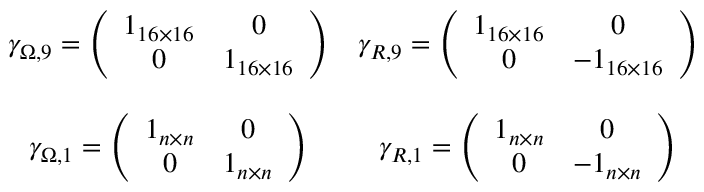
\begin{array} { c c } { { \gamma _ { \Omega , 9 } = \left( \begin{array} { c c } { { 1 _ { 1 6 \times 1 6 } } } & { { 0 } } \\ { { 0 } } & { { 1 _ { 1 6 \times 1 6 } } } \end{array} \right) } } & { { \gamma _ { { \cal R } , 9 } = \left( \begin{array} { c c } { { 1 _ { 1 6 \times 1 6 } } } & { { 0 } } \\ { { 0 } } & { { - 1 _ { 1 6 \times 1 6 } } } \end{array} \right) } } \\ { { { } } } & { { { } } } \\ { { \gamma _ { \Omega , 1 } = \left( \begin{array} { c c } { { 1 _ { n \times n } } } & { { 0 } } \\ { { 0 } } & { { 1 _ { n \times n } } } \end{array} \right) } } & { { \gamma _ { { \cal R } , 1 } = \left( \begin{array} { c c } { { 1 _ { n \times n } } } & { { 0 } } \\ { { 0 } } & { { - 1 _ { n \times n } } } \end{array} \right) } } \end{array}